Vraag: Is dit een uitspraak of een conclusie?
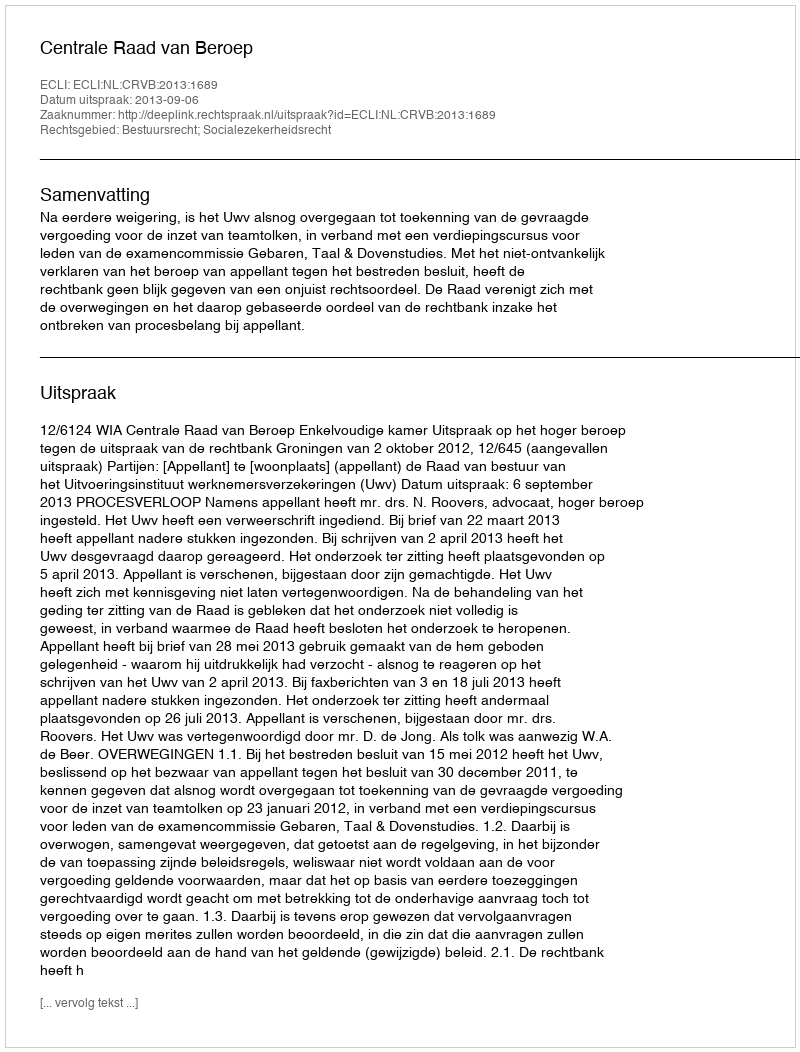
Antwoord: Uitspraak